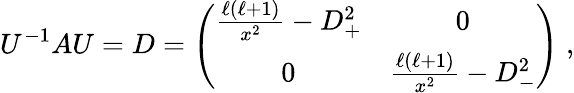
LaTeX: U^{-1}AU=D=\left(\begin{array}{cc}{\frac{\ell(\ell+1)}{x^{2}}-D_{+}^{2}}&{0}\\ {0}&{\frac{\ell(\ell+1)}{x^{2}}-D_{-}^{2}}\end{array}\right)\; ,